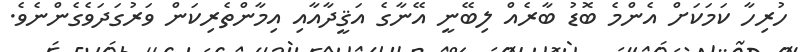
ހުރިހާ ކަމަކަށް އެންމެ ބޮޑު ބާރެއް ލިބޭނީ އޭނާގެ އަޤީދާއާއި އިމާންތެރިކަން ވަރުގަދަވެގެންނެވެ.